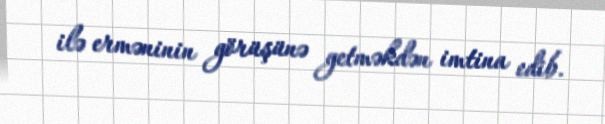
ilə erməninin görüşünə getməkdən imtina edib.